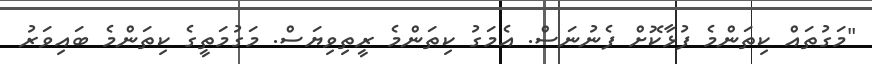
"މަގުތައް ކިތަންމެ ފުޅާކޮށް ފެނުނަސް. އެމަގު ކިތަންމެ ރީތިވިޔަސް. މަގުމަތީގެ ކިތަންމެ ބައިވަރު